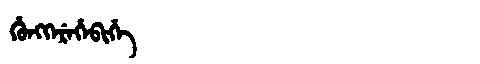
Manchu: ᡥᡠᠩᡴᡝᡵᡝᡥᡝᠪᡳᡥᡝ
Romanization: HUNGKEREHEBIHE